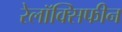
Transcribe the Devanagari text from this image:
रेलॉक्सिफीन